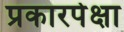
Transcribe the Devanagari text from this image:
प्रकारपेक्षा